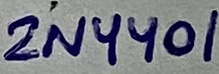
Text: 2N4401